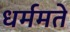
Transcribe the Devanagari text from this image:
धर्ममते